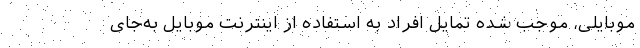
موبایلی، موجب شده تمایل افراد به استفاده از اینترنت موبایل به‌جای